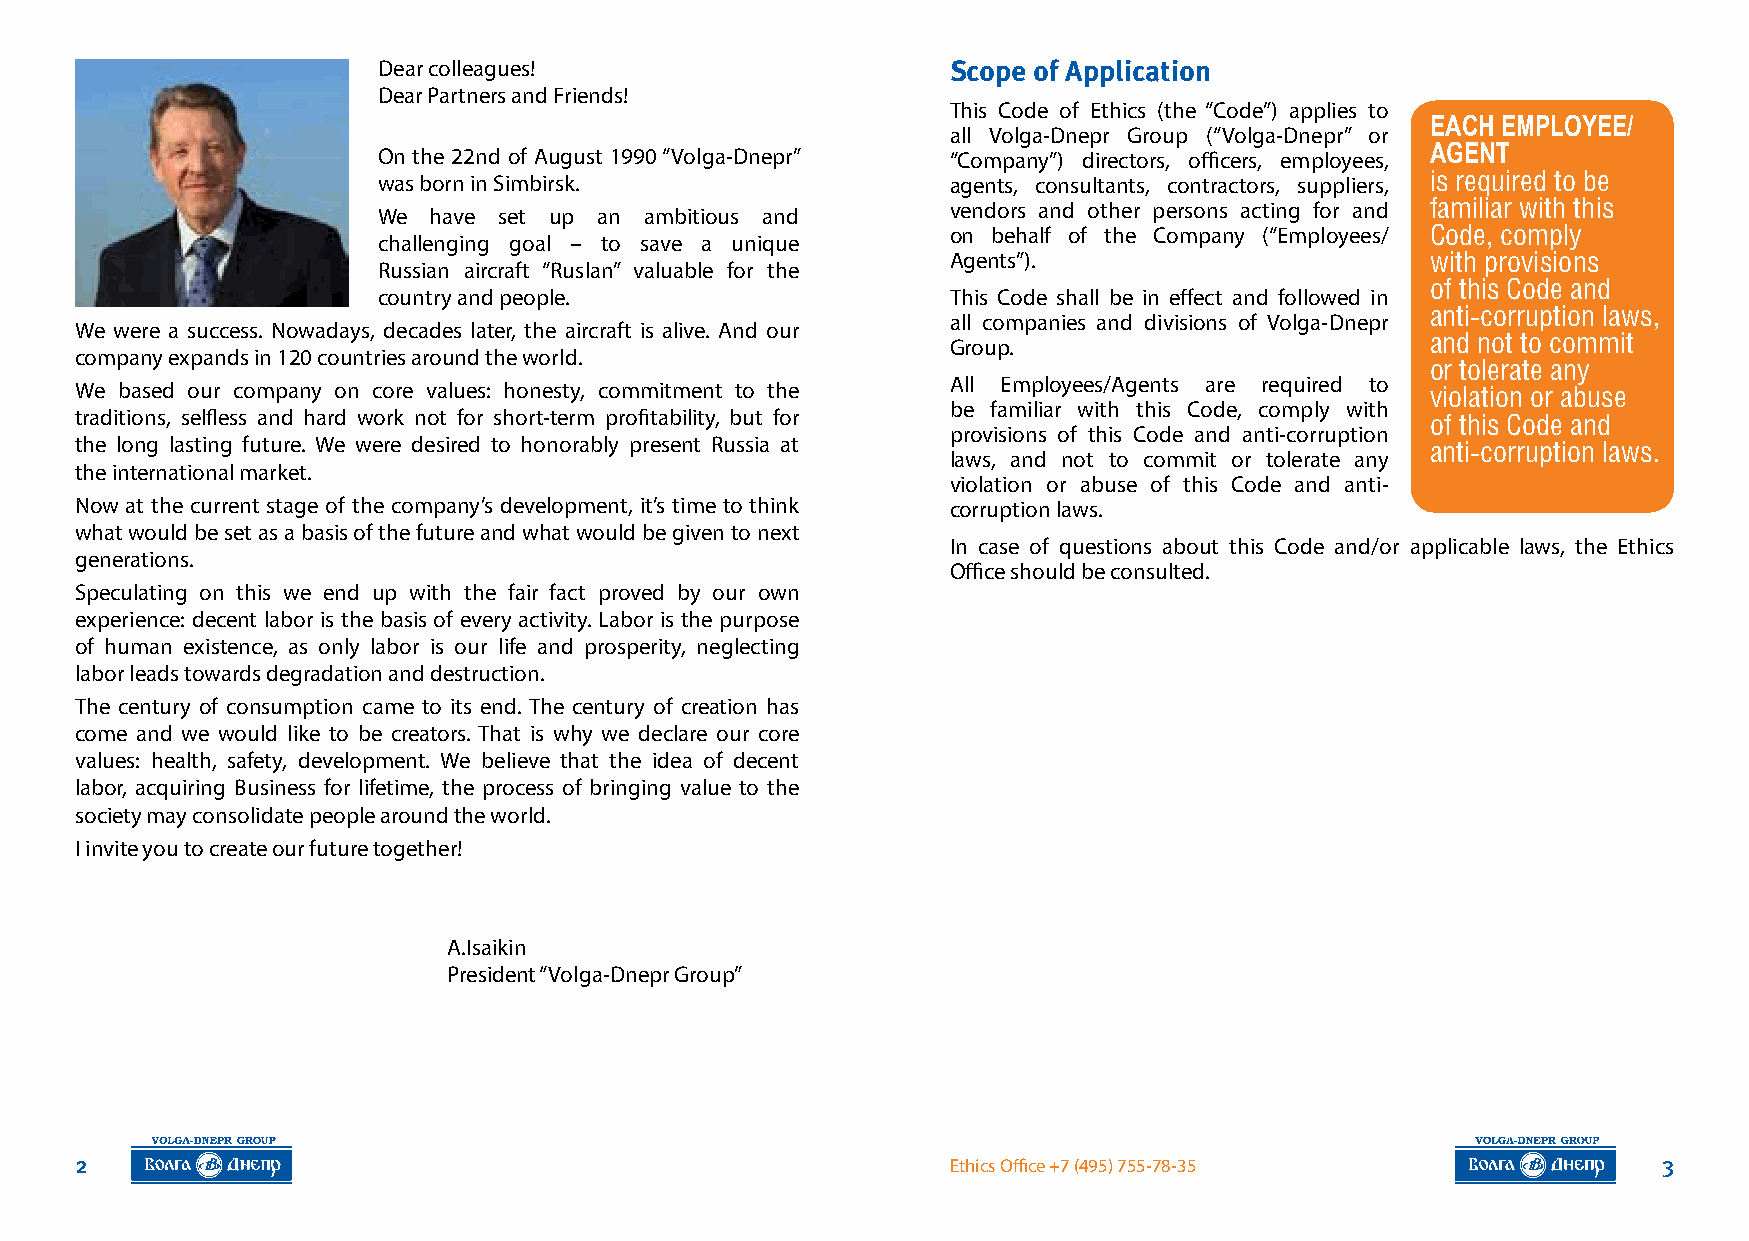
Dear colleagues!                      Scope of Application
 Dear Partners and Friends!
 This Code of Ethics (the “Code”) applies to
 EACH EMPLOYEE/
 all Volga-Dnepr Group (“Volga-Dnepr” or
 On the 22nd of August 1990 “Volga-Dnepr” “Company”) directors, officers, employees, AGENT
 was born in Simbirsk.                 agents, consultants, contractors, suppliers, is required to be
 familiar with this
 We have set up an ambitious and       vendors and other persons acting for and
 on behalf of the Company (“Employees/ Code, comply
 challenging goal – to save a unique
 Agents”).                       with provisions
 Russian aircraft “Ruslan” valuable for the
 of this Code and
 country and people.                   This Code shall be in effect and followed in
 anti‑corruption laws,
 all companies and divisions of Volga-Dnepr
 We were a success. Nowadays, decades later, the aircraft is alive. And our
 and not to commit
 Group.
 company expands in 120 countries around the world.
 or tolerate any
 All Employees/Agents are required to
 We based our company on core values: honesty, commitment to the                           violation or abuse
 be familiar with this Code, comply with
 traditions, selfless and hard work not for short-term profitability, but for              of this Code and
 provisions of this Code and anti-corruption
 the long lasting future. We were desired to honorably present Russia at                   anti‑corruption laws.
 laws, and not to commit or tolerate any
 the international market.
 violation or abuse of this Code and anti-
 Now at the current stage of the company’s development, it’s time to think corruption laws.
 what would be set as a basis of the future and what would be given to next
 In case of questions about this Code and/or applicable laws, the Ethics
 generations.
 Office should be consulted.
 Speculating on this we end up with the fair fact proved by our own
 experience: decent labor is the basis of every activity. Labor is the purpose
 of human existence, as only labor is our life and prosperity, neglecting
 labor leads towards degradation and destruction.
 The century of consumption came to its end. The century of creation has
 come and we would like to be creators. That is why we declare our core
 values: health, safety, development. We believe that the idea of decent
 labor, acquiring Business for lifetime, the process of bringing value to the
 society may consolidate people around the world.
 I invite you to create our future together!
 A.Isaikin
 President “Volga-Dnepr Group”
 2                                                         Ethics Office +7 (495) 755-78-35               3